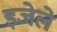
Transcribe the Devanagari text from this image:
इजेले